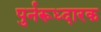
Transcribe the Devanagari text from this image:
पुर्नरूध्दारक